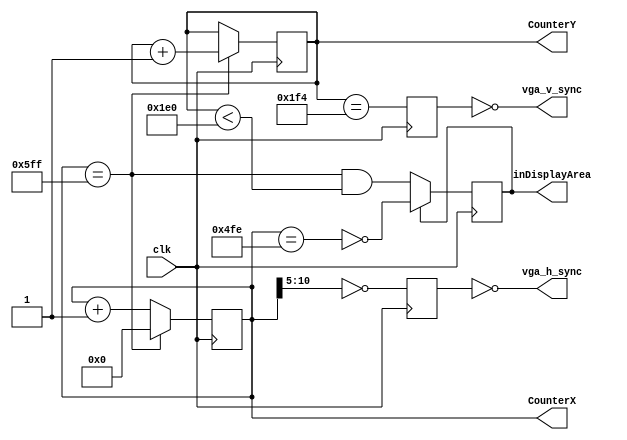
module hvsync_generator_1(clk, vga_h_sync, vga_v_sync, inDisplayArea, CounterX, CounterY);
input clk;
output vga_h_sync, vga_v_sync;
output inDisplayArea;
output [10:0] CounterX;
output [8:0] CounterY;

//////////////////////////////////////////////////
reg [10:0] CounterX;
reg [8:0] CounterY;
wire CounterXmaxed = (CounterX==11'h5FF); // max value of counterX = 1,535 = 5FF

always @(posedge clk) // Increment counterX by 1 at every rising edge
if(CounterXmaxed)
	CounterX <= 0;
else
	CounterX <= CounterX + 1;

always @(posedge clk) // Increment counterY by 1 every 1,536 rising edges
if(CounterXmaxed) CounterY <= CounterY + 1;

reg	vga_HS, vga_VS;
always @(posedge clk)
begin
	vga_HS <= (CounterX[10:5]==6'h00); // change this value to move the display horizontally
	vga_VS <= (CounterY==500); // change this value to move the display vertically
end

reg inDisplayArea;
always @(posedge clk)
if(inDisplayArea==0)
	inDisplayArea <= (CounterXmaxed) && (CounterY<480);
else
	inDisplayArea <= !(CounterX==1278);
	
assign vga_h_sync = ~vga_HS;
assign vga_v_sync = ~vga_VS;

endmodule